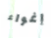
إغواء